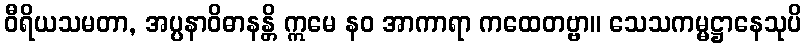
ဝီရိယသမတာ, အပ္ပနာဝိဓာနန္တိ ဣမေ နဝ အာကာရာ ကထေတဗ္ဗာ။ သေသကမ္မဋ္ဌာနေသုပိ